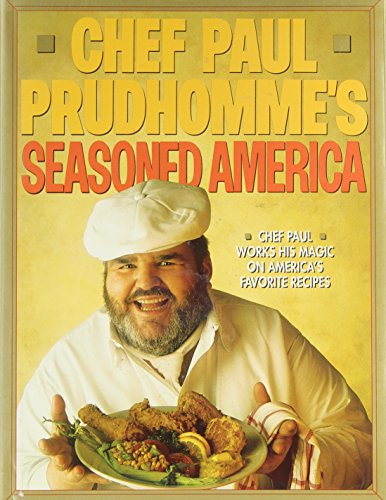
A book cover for Chef Paul Prudhomme's Seasoned America; Paul Prudhomme; Cookbooks, Food & Wine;